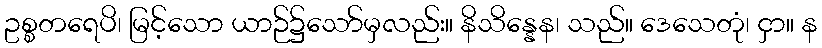
ဥစ္စတရေပိ၊ မြင့်သော ယာဉ်၌သော်မှလည်း။ နိသိန္နေန၊ သည်။ ဒေသေတုံ၊ ငှာ။ န